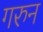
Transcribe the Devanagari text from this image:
गरुन